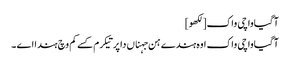
آگیاواچی واک[لکھو]
آگیاواچی واک اوہ ہندے ہن جہناں دا پرتیکرم کسے کم وچ ہندا اے ۔